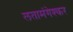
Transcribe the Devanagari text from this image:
लतामंगेश्कर